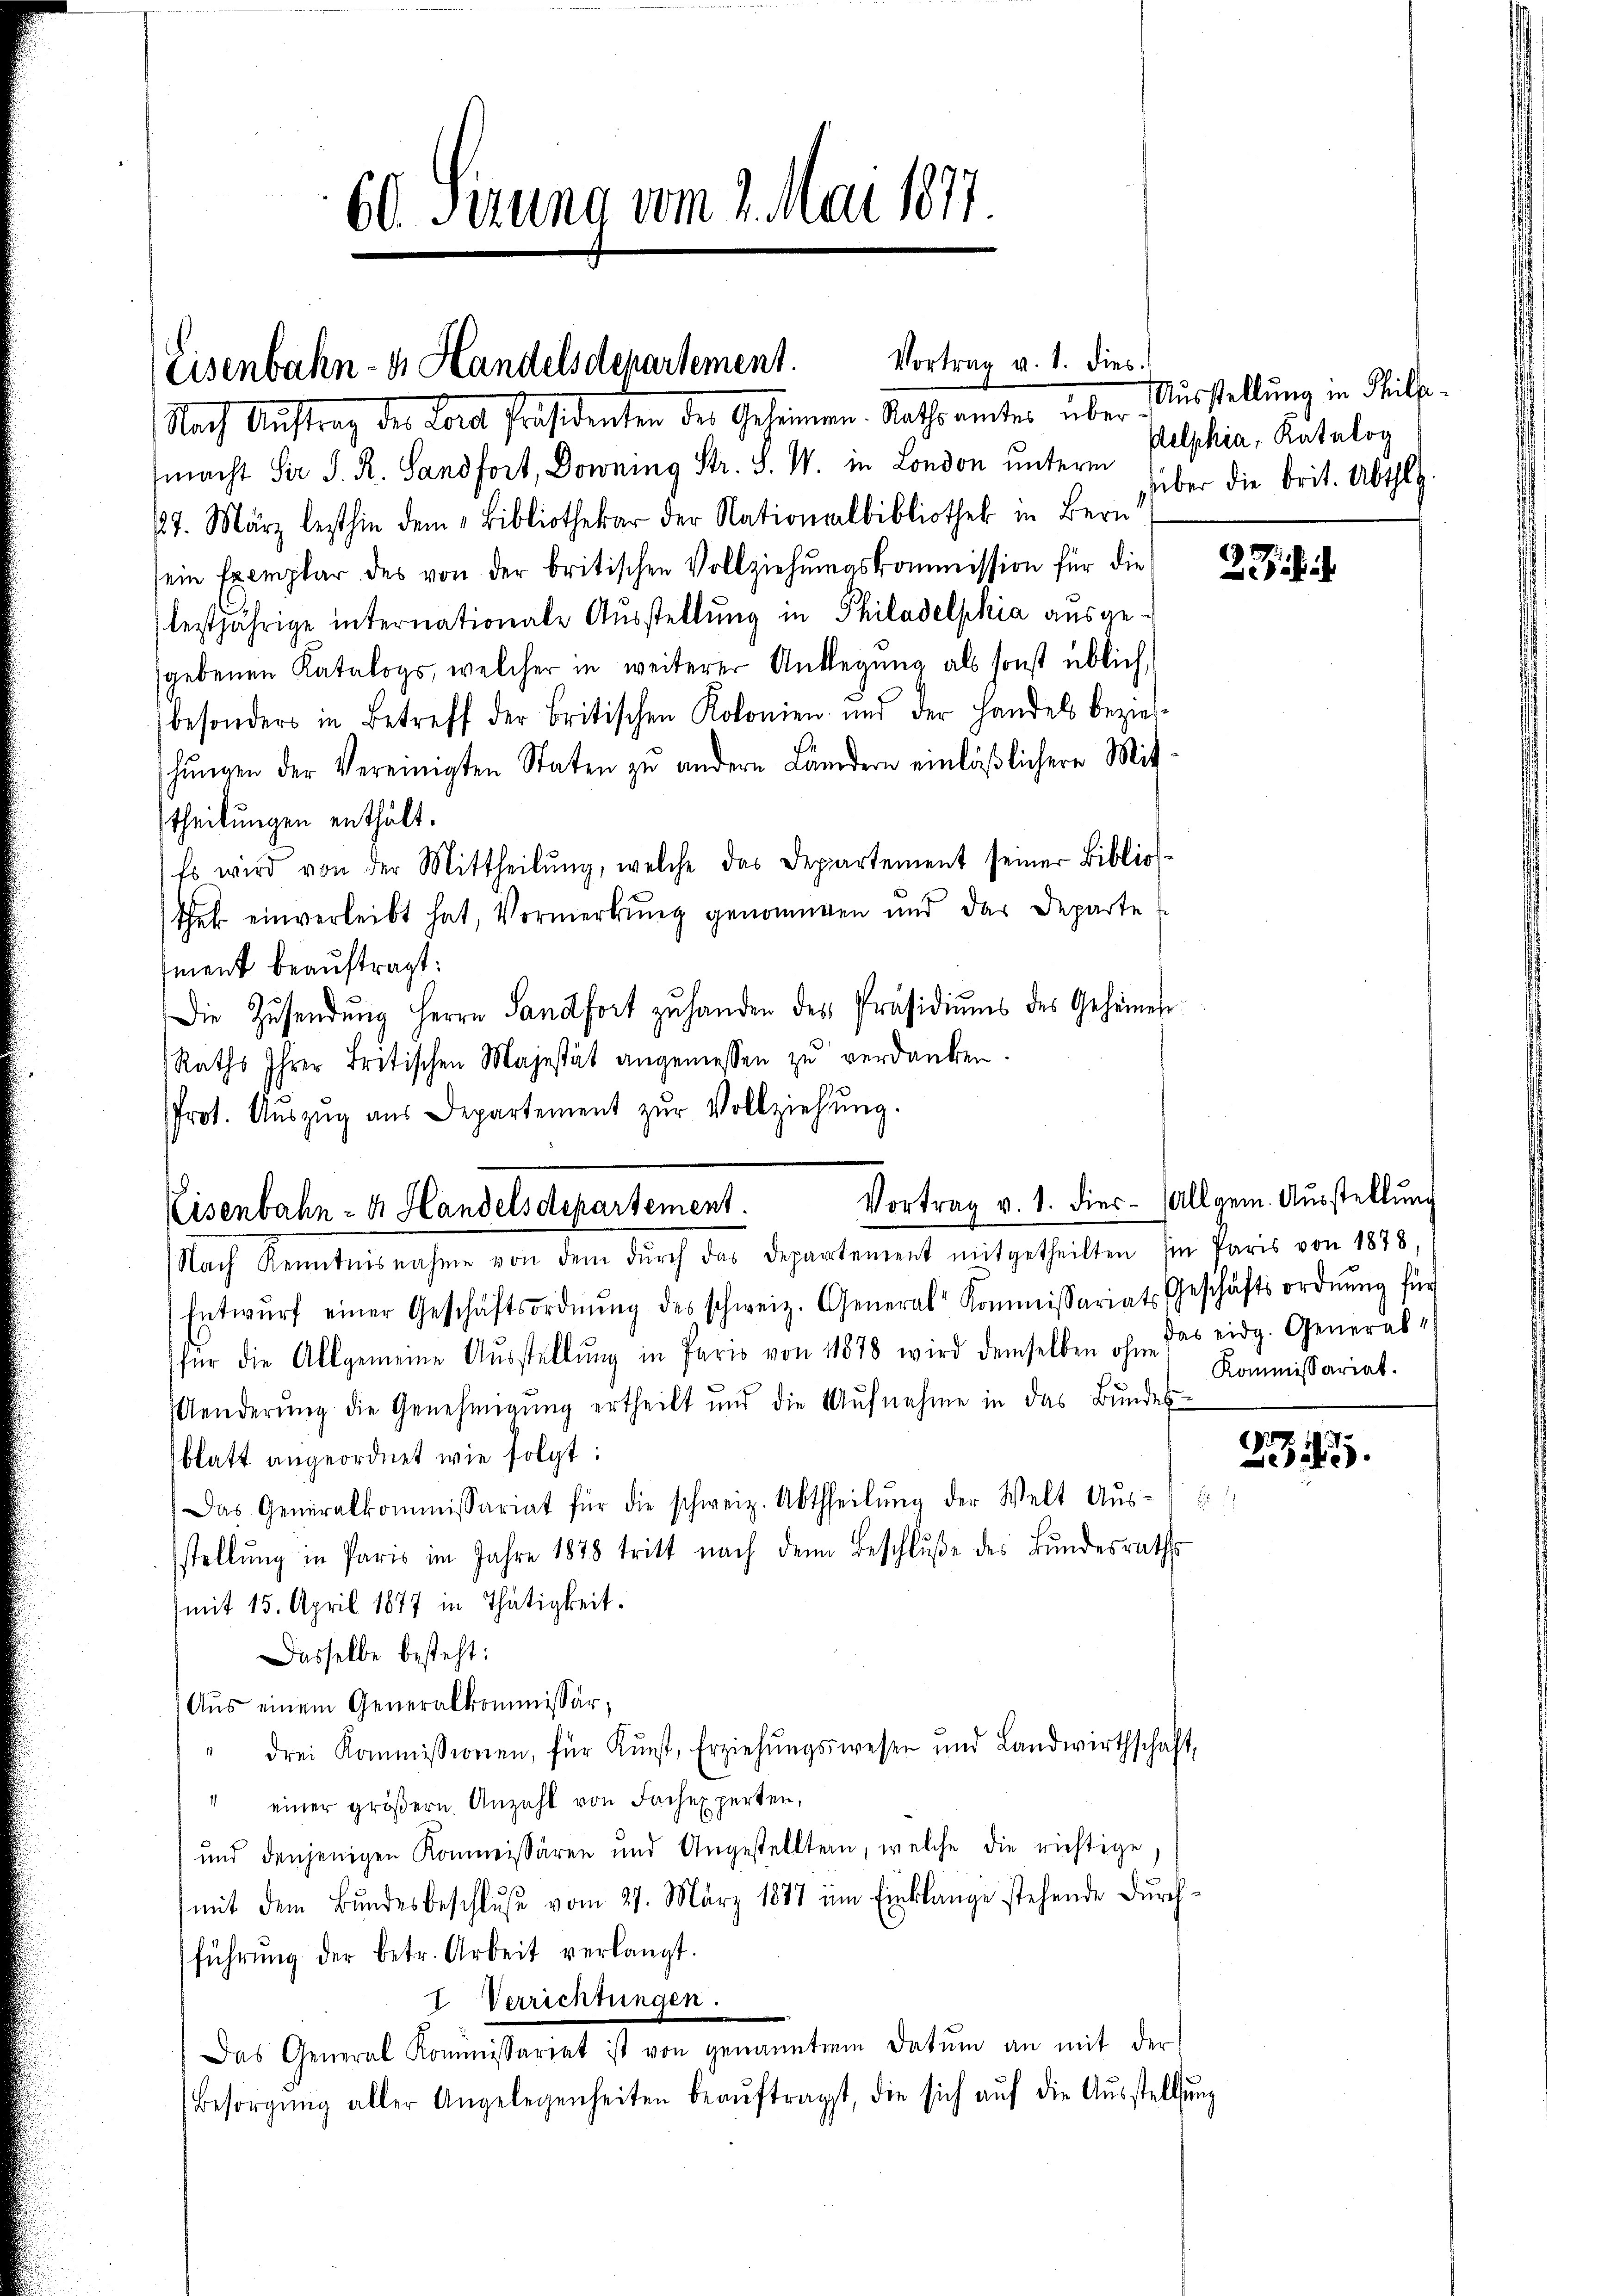
60. Sizung vom 2. Mai 1877

Vortrag v. 1. dies
Eisenbahn- u. Handelsdepartement.

Nach Auftrag der Land Präsidenten der Gehimmen.- Raths unter über
macht der S. R. Sandfort, Dowening Str. S. W. in London unterm Welphia, Katalog
17. März lezthin dem Bibliothekar der Nationalbibliothek in Bern
sein Exemplar des von der britischen Vollziehŭngskommission für die
leztjährige internationale Ausstellung in Philadelphia ausgegebenen Katalogs, welcher in weiterer Anklegung als sonst üblich,
(besonders in Betreff der britischen Kolonien und der Handels bezieh
chŭngen der Vereinigten Staten zu andern Ländern einläßlichere Mit-
theilungen enthält.
Es wird von der Mittheilŭng, welche das Departement seiner Biblio-
thek einverleibt hat, Vormerkung genommen und das Departe
ment beauftragt:
Die Zŭsendŭng Herrn Sandfort zŭ handen des Präsidiŭms des Geheimen
Raths Ihrer Britischen Majestät angemessen zŭ verdanken.
Nach Kenntnisnahme von dem dŭrch das Departement mitgetheilten Ein Paris von 1878.
Entwŭrf einer Geschäftsordnŭng des schweiz. General Kommissariats Geschäftsordnŭng für
für die Allgemeine Aŭsstellŭng in Paris von 1878 wird demselben ohn das eidg. General-
Aenderŭng die Genehmigŭng ertheilt und die Aŭfnahme in das Bŭndes-
blatt angeordnet wie folgt:
Das Generalkommissariat für die schweiz. Abtheilŭng der Welt Aŭs-
sstellŭng in Paris im Jahre 1878 tritt nach dem Beschlŭβe des Bŭndesrath
(mit 15. April 1877 in Thätigkeit.
Dasselbe besteht:
Aus einem Generalkommissär,
" drei Kommissionen, für Kŭnst, Erziehŭngswesen und Landwirthschaft,
" einer gröβern Anzahl von Fachexperten,
und denjenigen Kommissären und Angestellten, welche die richtige,
mit dem Bŭndesbeschlŭβe vom 27. März 1877 um Einklange stehende dŭrch-
führŭng der betr. Arbeit verlangt.
I Verrichtungen.
Das General Kommissariat ist von genannten Datŭm an mit der
Besorgŭng aller Angelegenheiten beaŭftragt, die sich aŭf die Aŭsstellŭn

Prot. Aŭszŭg aŭs Departement zŭr Vollziehŭng.
Vortrag v. 1. dies. Allgem. Aŭsstellŭng
Eisenbahn- u. Handelsdepartement.

Ausstellung in Theilgeüber die beit. Abthei

27

Kommissariat.

d

21.